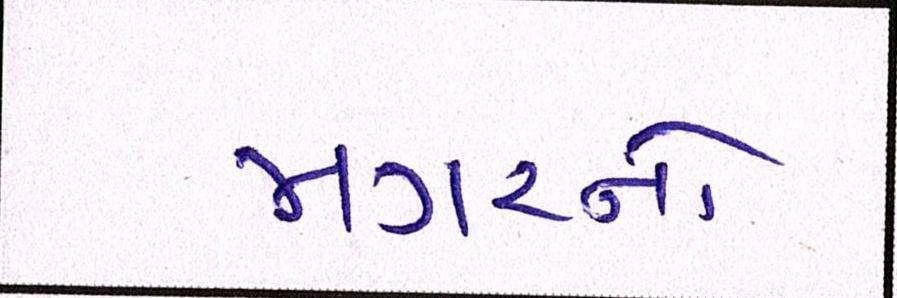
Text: મગરનો